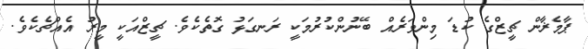
ޕާމެޜާން ޗީޒްގެ ކުޑަ މިންވަރެއް ބޭނުންކުރުމަކީ ރަނގަޅު ގޮތެކެވެ. ޗީޒްއަކީ މީރު އެއްޗެކެވެ.